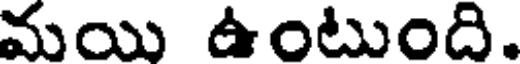
మయి ఉంటుంది.